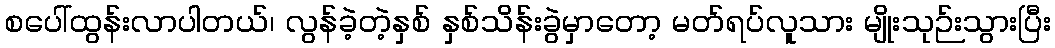
စပေါ်ထွန်းလာပါတယ်၊ လွန်ခဲ့တဲ့နှစ် နှစ်သိန်းခွဲမှာတော့ မတ်ရပ်လူသား မျိုးသုဉ်းသွားပြီး